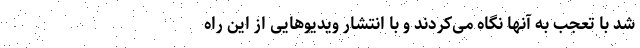
شد با تعجب به آنها نگاه می‌کردند و با انتشار ویدیوهایی از این راه